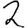
Digit: 2